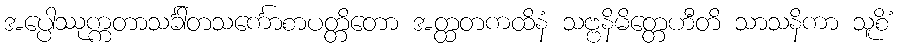
အပ္ပေါဿုက္ကတာသင်္ခါတသင်္ကောစာပတ္တိတော အတ္ထတကထိနံ သဗ္ဗနိမိတ္တေဟီတိ သာသနိကာ သူစိံ